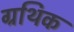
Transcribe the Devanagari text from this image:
ग्रथिक